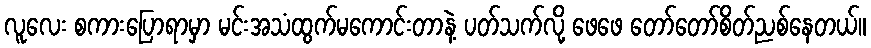
လူလေး စကားပြောရာမှာ မင်းအသံထွက်မကောင်းတာနဲ့ ပတ်သက်လို့ ဖေဖေ တော်တော်စိတ်ညစ်နေတယ်။